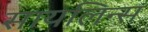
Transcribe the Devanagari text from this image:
सायलिन्स